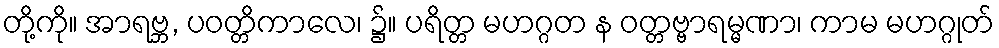
တို့ကို။ အာရဗ္ဘ, ပဝတ္တိကာလေ၊ ၌။ ပရိတ္တ မဟဂ္ဂတ န ဝတ္တဗ္ဗာရမ္မဏာ၊ ကာမ မဟဂ္ဂုတ်